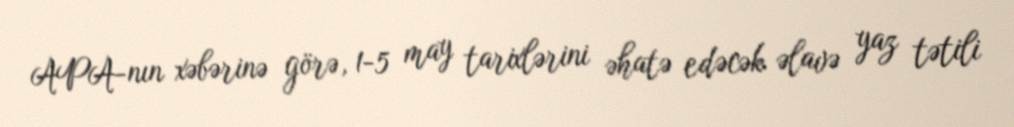
APA-nın xəbərinə görə, 1-5 may tarixlərini əhatə edəcək əlavə yaz tətili